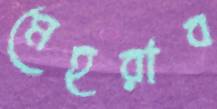
মেহরাব